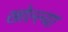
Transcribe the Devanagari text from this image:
खोल्ल्या